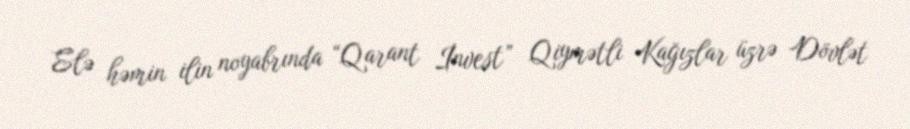
Elə həmin ilin noyabrında “Qarant İnvest” Qiymətli Kağızlar üzrə Dövlət